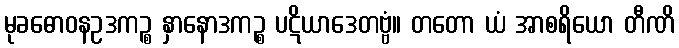
မုခဓောဝနဥဒကဉ္စ နှာနောဒကဉ္စ ပဋိယာဒေတဗ္ဗံ။ တတော ယံ အာစရိယော တီဏိ